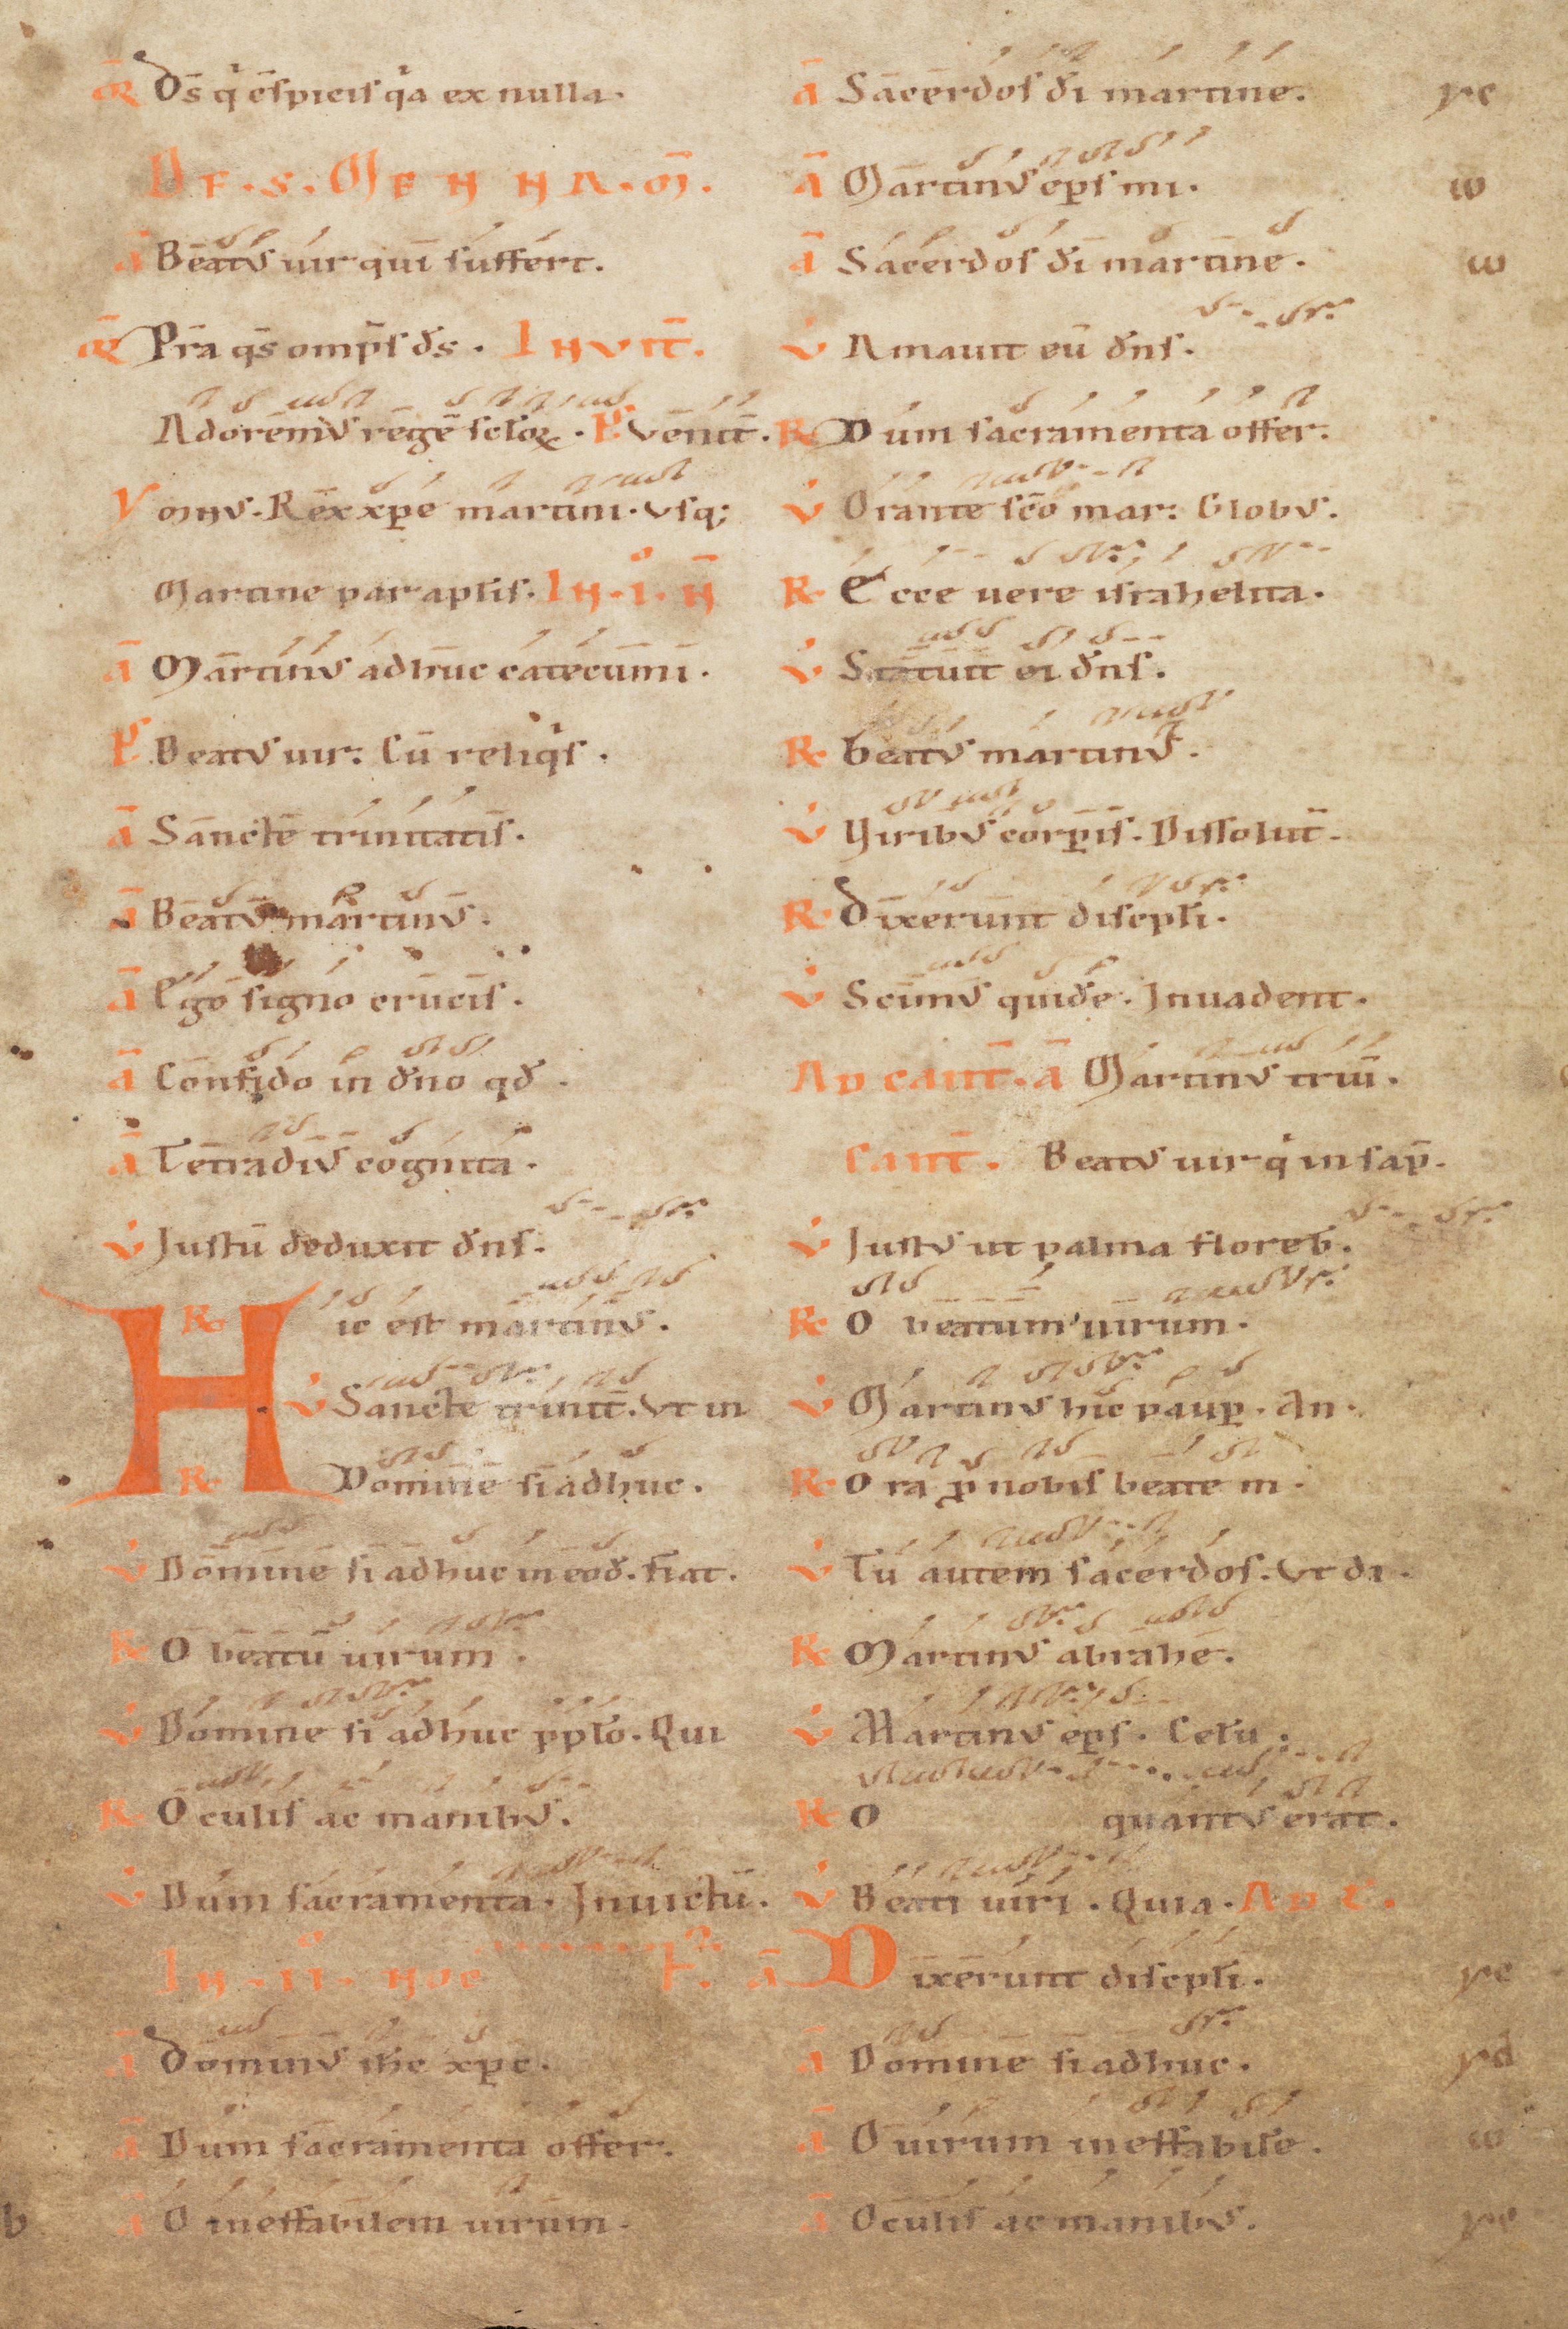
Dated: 1100–1199